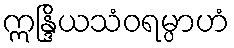
ဣန္ဒြိယသံဝရမ္ပာဟံ